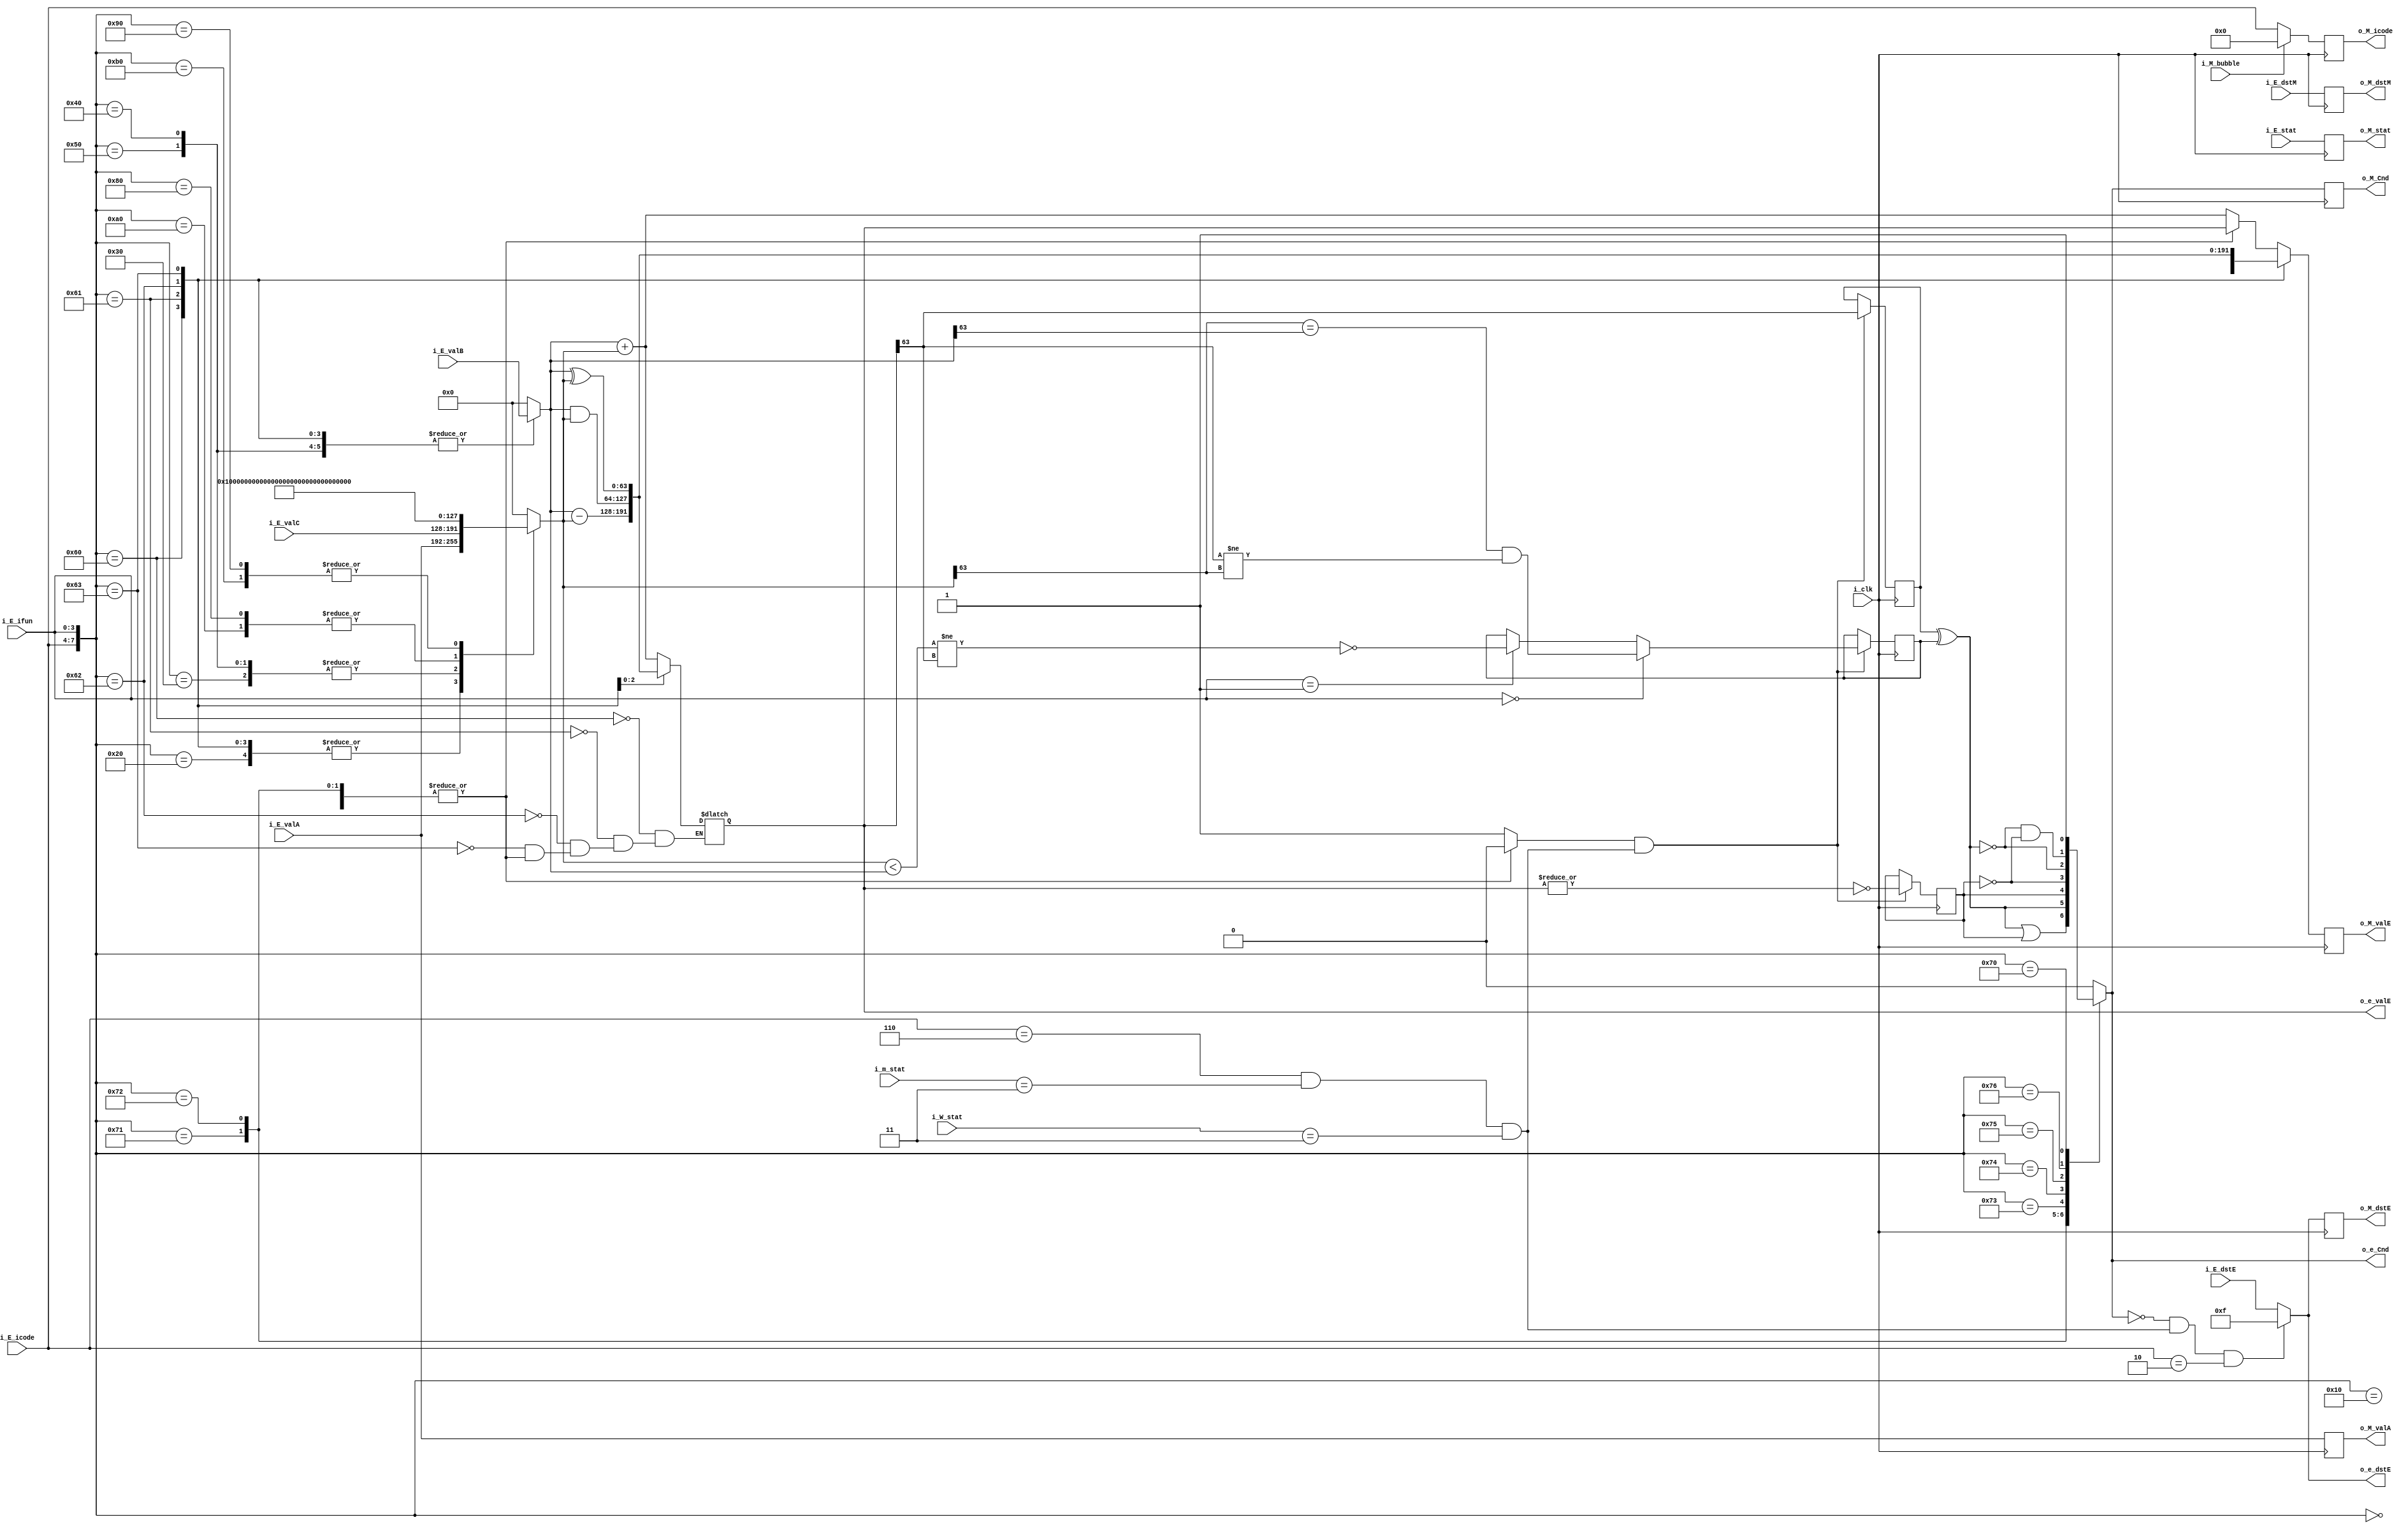
`timescale 1ns / 1ps
//////////////////////////////////////////////////////////////////////////////////
// Company: 
// Engineer: 
// 
// Design Name: 
// Module Name: execute
// Project Name: 
// Target Devices: 
// Tool Versions: 
// Description: 
// 
// Dependencies: 
// 
// Revision:
// Revision 0.01 - File Created
// Additional Comments:
// 
//////////////////////////////////////////////////////////////////////////////////


module execute(
    input                   i_clk           ,

    input       [1:0]       i_E_stat        ,
    input       [3:0]       i_E_icode       ,
    input       [3:0]       i_E_ifun        ,
    input       [63:0]      i_E_valC        ,
    input       [63:0]      i_E_valA        ,
    input       [63:0]      i_E_valB        ,
    input       [3:0]       i_E_dstE        ,
    input       [3:0]       i_E_dstM        ,
    
    output reg  [1:0]       o_M_stat        ,
    output reg  [3:0]       o_M_icode       ,
    output reg              o_M_Cnd         ,
    output reg  [63:0]      o_M_valE        ,
    output reg  [63:0]      o_M_valA        ,
    output reg  [3:0]       o_M_dstE        ,
    output reg  [3:0]       o_M_dstM        ,
    
    input       [1:0]       i_W_stat        ,
    input       [1:0]       i_m_stat        ,
    output reg  [3:0]       o_e_dstE        ,
    output reg  [63:0]      o_e_valE        ,
    
    input                   i_M_bubble      ,
    output reg              o_e_Cnd             
    );
    
    reg             [63:0]           ALUA           ;
    reg             [63:0]           ALUB           ; 
    reg                              need_alu       ;
    
    wire                            set_cc          ;
    reg                              ZF             ;
    reg                              SF             ;
    reg                              OF             ;
    assign  set_cc = ((i_E_icode == 4'h6)&&(i_m_stat == 2'b11)&&(i_W_stat == 2'b11));
    
    always @(*) begin
        case({i_E_icode,i_E_ifun}) 
            8'h20,
            8'h60,
            8'h61,
            8'h62,
            8'h63 :begin
                ALUA = i_E_valA;
            end
            8'h30,
            8'h40,
            8'h50:begin
                ALUA = i_E_valC;
            end
            8'h80,
            8'ha0:begin
                ALUA = 64'hFFFFFFFFFFFFFFF8;
            end
            8'h90,
            8'hb0:begin
                ALUA = 64'd8;
            end
            default:begin
                ALUA = 64'd0;
            end
        endcase
    end
    
    always @(*) begin
        case({i_E_icode,i_E_ifun})
            8'h40,
            8'h50,
            8'h60,
            8'h61,
            8'h62,
            8'h63,
            8'h80,
            8'h90,
            8'ha0,
            8'hb0:begin
                ALUB = i_E_valB;
            end
            default:begin
                ALUB = 64'd0;
            end
        endcase
    end
    
    always @(*)begin
        case({i_E_icode,i_E_ifun})
            8'h00,
            8'h10,
            8'h70,
            8'h71,
            8'h72,
            8'h73,
            8'h74,
            8'h75,
            8'h76:begin
                need_alu = 1'b0;
            end
            default:begin
                need_alu = 1'b1;
            end
        endcase
    end
    
    always @(*) begin
        case({i_E_icode,i_E_ifun}) 
            8'h60:begin
                o_e_valE = ALUB + ALUA;
            end
            8'h61:begin
                o_e_valE = ALUB - ALUA;
            end
            8'h62:begin
                o_e_valE = ALUB&ALUA;
            end
            8'h63:begin
                o_e_valE = ALUB^ALUA;
            end
            default:begin
                o_e_valE = need_alu? ALUB+ALUA:o_e_valE;
            end
        endcase
    end
    
    always @(posedge i_clk) begin
        case({i_E_icode,i_E_ifun}) 
            8'h60:begin
                o_M_valE <= ALUB + ALUA;
            end
            8'h61:begin
                o_M_valE <= ALUB - ALUA;
            end
            8'h62:begin
                o_M_valE <= ALUB&ALUA;
            end
            8'h63:begin
                o_M_valE <= ALUB^ALUA;
            end
            default:begin
                o_M_valE <= need_alu? ALUB+ALUA:o_e_valE;
            end
        endcase
    end
   
    always @(posedge i_clk) begin
        if(i_M_bubble) begin
            o_M_icode <= 4'h0;
        end
        else begin
            o_M_icode <= i_E_icode;
        end
    end
    
    always @(posedge i_clk) begin
        o_M_stat <= i_E_stat;
    end
    
    always @(posedge i_clk) begin
        o_M_valA <= i_E_valA;
    end
    
    always @(posedge i_clk) begin
        o_M_dstM <= i_E_dstM;
    end
    
    always @(posedge i_clk) begin
        if(need_alu && set_cc) begin
            ZF <= !(|(o_e_valE));
        end
        else begin
            ZF <= ZF;
        end
    end
    
     always @(posedge i_clk) begin
        if(need_alu && set_cc) begin
            SF <= (o_e_valE[63] == 1'b1);
        end
        else begin
            SF <= SF;
        end
    end
    
     always @(posedge i_clk) begin
        if(need_alu && set_cc) begin
            if(i_E_ifun == 4'h0) begin
                OF <= (ALUA[63] == ALUB[63])&& ((o_e_valE[63] == 1'b1)!= (ALUA[63]==1));
            end
            else if(i_E_ifun == 4'h1) begin
                OF <= !((ALUA < ALUB) != o_e_valE[63]);
            end
        end
        else begin
            OF <= OF;
        end
    end
    
    always @(*) begin
        case({i_E_icode,i_E_ifun})
            8'h71:begin
                o_e_Cnd = (SF^OF)|ZF;
            end
            8'h72:begin
                o_e_Cnd = SF^OF;
            end
            8'h73:begin
                o_e_Cnd = ZF;
            end
            8'h74:begin
                o_e_Cnd = ~ZF;
            end
            8'h75:begin
                o_e_Cnd = ~(SF^OF);
            end
            8'h76:begin
                o_e_Cnd = (~(SF^OF))&(~ZF);
            end
            8'h70:begin
                o_e_Cnd = 1'b1;
            end
            default:begin
                o_e_Cnd = 1'b0;
            end
        endcase
    end
    
    always @(posedge i_clk) begin
        case({i_E_icode,i_E_ifun})
            8'h71:begin
                o_M_Cnd <= (SF^OF)|ZF;
            end
            8'h72:begin
                o_M_Cnd <= SF^OF;
            end
            8'h73:begin
                o_M_Cnd <= ZF;
            end
            8'h74:begin
                o_M_Cnd <= ~ZF;
            end
            8'h75:begin
                o_M_Cnd <= ~(SF^OF);
            end
            8'h76:begin
                o_M_Cnd <= (~(SF^OF))&(~ZF);
            end
            8'h70:begin
                o_M_Cnd <= 1'b1;
            end
            default:begin
                o_M_Cnd <= 1'b0;
            end
        endcase
    end
    
    always @(*) begin
        if((!o_e_Cnd)&&(set_cc)&&(i_E_icode == 4'h2)) begin
            o_e_dstE = 4'hf;
        end
        else begin         
            o_e_dstE = i_E_dstE;
        end
    end
    
    always @(posedge i_clk) begin
        if((!o_e_Cnd)&&(set_cc)&&(i_E_icode == 4'h2)) begin
            o_M_dstE <= 4'hf;
        end
        else begin        
            o_M_dstE <= i_E_dstE;
        end
    end
    
endmodule